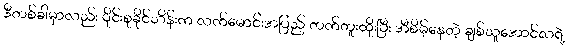
ဒီတစ်ခါမှာလည်း ဝိုင်းစုခိုင်သိန်းက လက်မောင်းအပြည့် တက်တူးထိုးပြီး အီစိမ့်နေတဲ့ ချစ်သူအောင်လရဲ့